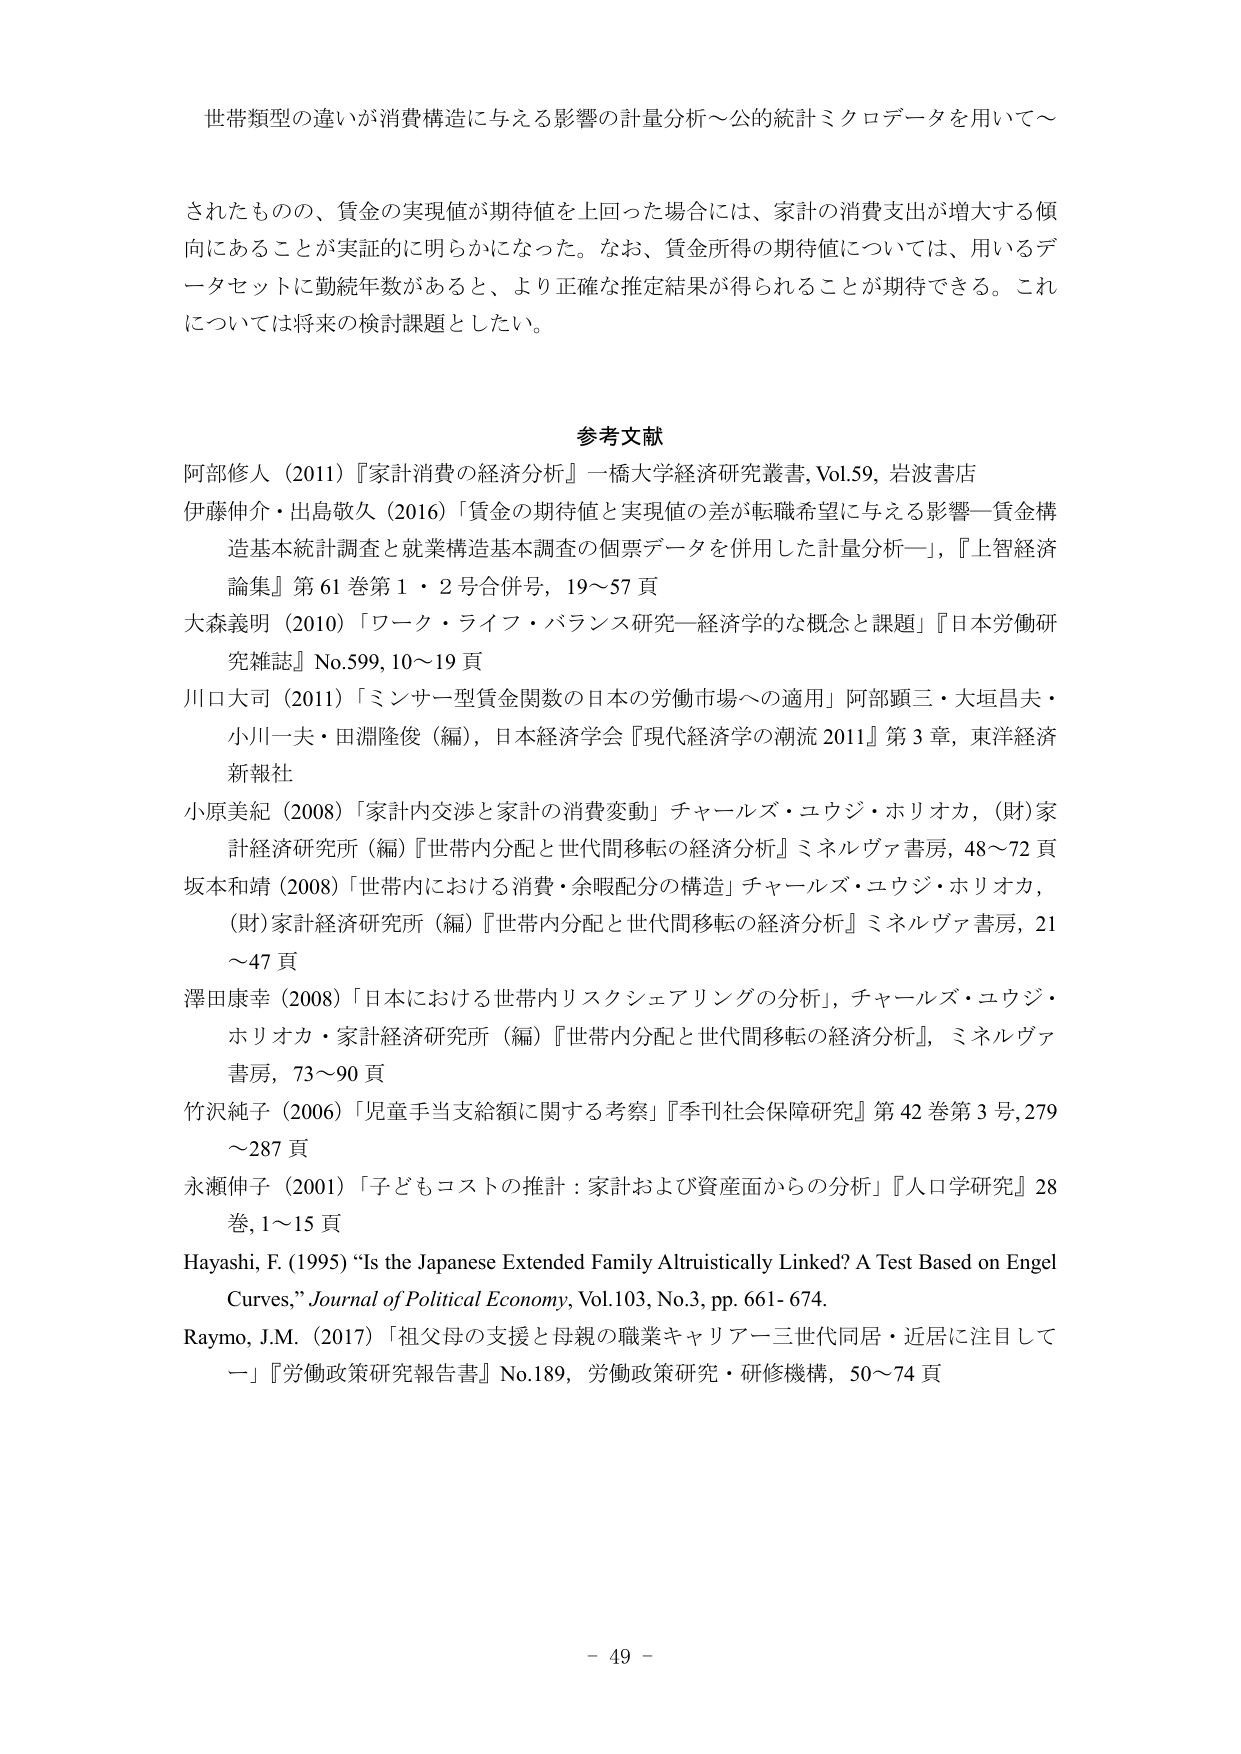
世帯類型の違いが消費構造に与える影響の計量分析～公的統計ミクロデータを用いて～

されたものの、賃金の実現値が期待値を上回った場合には、家計の消費支出が増大する傾向にあることが実証的に明らかになった。なお、賃金所得の期待値については、用いるデータセットに勤続年数があると、より正確な推定結果が得られることが期待できる。これについては将来の検討課題としたい。

参考文献
阿部修人（2011）『家計消費の経済分析』一橋大学経済研究叢書, Vol.59, 岩波書店
伊藤伸介・出島敬久（2016）「賃金の期待値と実現値の差が転職希望に与える影響—賃金構造基本統計調査と就業構造基本調査の個票データを併用した計量分析—」, 『上智経済論集』第 61 巻第 1・2 号合併号, 19～57 頁
大森義明（2010）「ワーク・ライフ・バランス研究—経済学的な概念と課題」『日本労働研究雑誌』No.599, 10～19 頁
川口大司（2011）「ミンサー型賃金関数の日本の労働市場への適用」阿部顕三・大垣昌夫・小川一夫・田淵隆俊（編）, 日本経済学会『現代経済学の潮流 2011』第 3 章, 東洋経済新報社
小原美紀（2008）「家計内交渉と家計の消費変動」チャールズ・ユウジ・ホリオカ, （財）家計経済研究所（編）『世帯内分配と世代間移転の経済分析』ミネルヴァ書房, 48～72 頁
坂本和靖（2008）「世帯内における消費・余暇配分の構造」チャールズ・ユウジ・ホリオカ, （財）家計経済研究所（編）『世帯内分配と世代間移転の経済分析』ミネルヴァ書房, 21～47 頁
澤田康幸（2008）「日本における世帯内リスクシェアリングの分析」, チャールズ・ユウジ・ホリオカ・家計経済研究所（編）『世帯内分配と世代間移転の経済分析』, ミネルヴァ書房, 73～90 頁
竹沢純子（2006）「児童手当支給額に関する考察」『季刊社会保障研究』第 42 巻第 3 号, 279～287 頁
永瀬伸子（2001）「子どもコストの推計：家計および資産面からの分析」『人口学研究』28巻, 1～15 頁
Hayashi, F. (1995) “Is the Japanese Extended Family Altruistically Linked? A Test Based on Engel Curves,” Journal of Political Economy, Vol.103, No.3, pp. 661-674.
Raymo, J.M. (2017) 「祖父母の支援と母親の職業キャリア—三世代同居・近居に注目して—」『労働政策研究報告書』No.189, 労働政策研究・研修機構, 50～74 頁

- 49 -